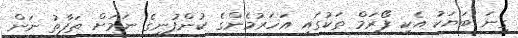
ގިނަ ބަޔަކު އެކި ފޯރަމް ތަކުގައި އަހަރުމެންގެ ކުންފުނީގެ ނަމަށް ތަފާތު ނަން